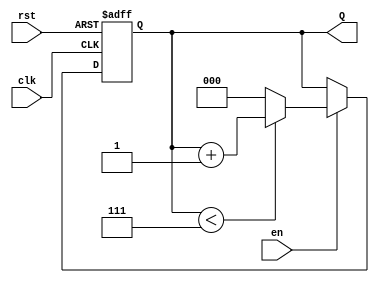
module binary_up_counter (
    input wire clk,       // Clock signal
    input wire rst,       // Asynchronous reset signal
    input wire en,        // Enable signal
    output reg [2:0] Q    // 3-bit output count
);

// Maximum count value
localparam MAX_COUNT = 3'b111; // 7 in decimal

always @(posedge clk or posedge rst) begin
    if (rst) begin
        Q <= 3'b000; // Reset count to 0
    end else if (en) begin
        if (Q < MAX_COUNT) begin
            Q <= Q + 1; // Increment count
        end else begin
            Q <= 3'b000; // Wrap around to 0
        end
    end
end

endmodule